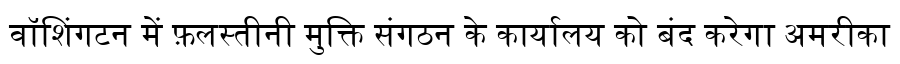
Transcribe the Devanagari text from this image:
वॉशिंगटन में फ़लस्तीनी मुक्ति संगठन के कार्यालय को बंद करेगा अमरीका